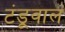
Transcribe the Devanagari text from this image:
टंडूवाल